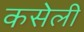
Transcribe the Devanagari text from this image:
कसेली